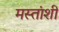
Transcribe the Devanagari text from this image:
मस्तांशी